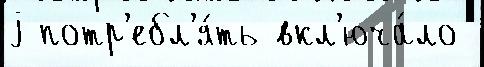
j потр'ебл'я́ть вкл'юча́ло